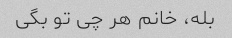
بله، خانم هر چی تو بگی